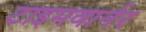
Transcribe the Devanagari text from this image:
टाइमवार्नर